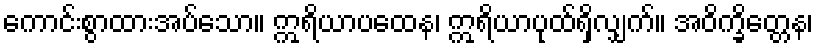
ကောင်းစွာထားအပ်သော။ ဣရိယာပထေန၊ ဣရိယာပုထ်ရှိလျှက်။ အဝိက္ခိတ္တေန၊